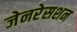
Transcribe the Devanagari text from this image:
जेनरेसशन